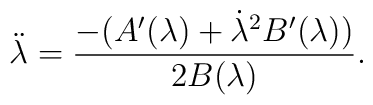
\ddot\lambda=\frac{-(A'(\lambda)+\dot\lambda^{2}B'(\lambda))}{2B(\lambda)}.